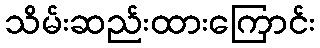
သိမ်းဆည်းထားကြောင်း